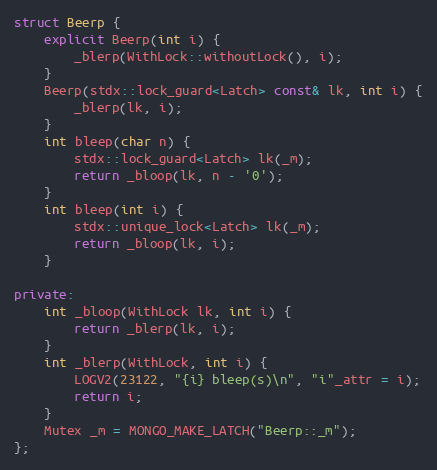
Language: C++
struct Beerp {
    explicit Beerp(int i) {
        _blerp(WithLock::withoutLock(), i);
    }
    Beerp(stdx::lock_guard<Latch> const& lk, int i) {
        _blerp(lk, i);
    }
    int bleep(char n) {
        stdx::lock_guard<Latch> lk(_m);
        return _bloop(lk, n - '0');
    }
    int bleep(int i) {
        stdx::unique_lock<Latch> lk(_m);
        return _bloop(lk, i);
    }

private:
    int _bloop(WithLock lk, int i) {
        return _blerp(lk, i);
    }
    int _blerp(WithLock, int i) {
        LOGV2(23122, "{i} bleep(s)\n", "i"_attr = i);
        return i;
    }
    Mutex _m = MONGO_MAKE_LATCH("Beerp::_m");
};